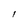
Character: l